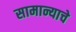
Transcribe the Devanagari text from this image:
सामान्याचे